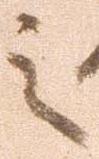
之